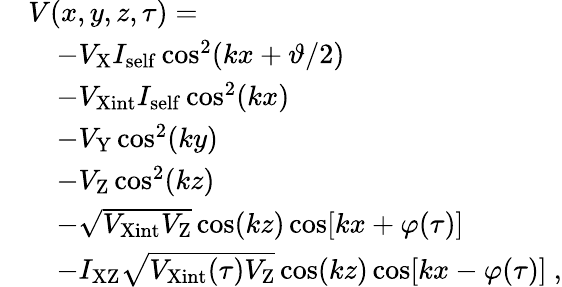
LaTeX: \begin{array}{rl}&{V(x,y,z,\tau)=}\\ &{\quad-V_{\mathrm{X}}I_{\mathrm{self}}\cos^{2}(kx+\vartheta/2)}\\ &{\quad-V_{\mathrm{Xint}}I_{\mathrm{self}}\cos^{2}(kx)}\\ &{\quad-V_{\mathrm{Y}}\cos^{2}(ky)}\\ &{\quad-V_{\mathrm{Z}}\cos^{2}(kz)}\\ &{\quad-\sqrt{V_{\mathrm{Xint}}V_{\mathrm{Z}}}\cos(kz)\cos[kx+\varphi(\tau)]}\\ &{\quad-I_{\mathrm{XZ}}\sqrt{V_{\mathrm{Xint}}(\tau)V_{\mathrm{Z}}}\cos(kz)\cos[kx-\varphi(\tau)]~,}\end{array}